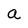
Character: a